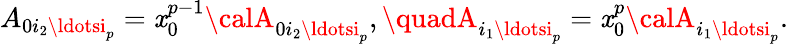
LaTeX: A_{0i_{2}\ldotsi_{p}}=\mathit{x}_{0}^{p-1}{\calA}_{0i_{2}\ldotsi_{p}},\quadA_{i_{1}\ldotsi_{p}}=\mathit{x}_{0}^{p}{\calA}_{i_{1}\ldotsi_{p}}.